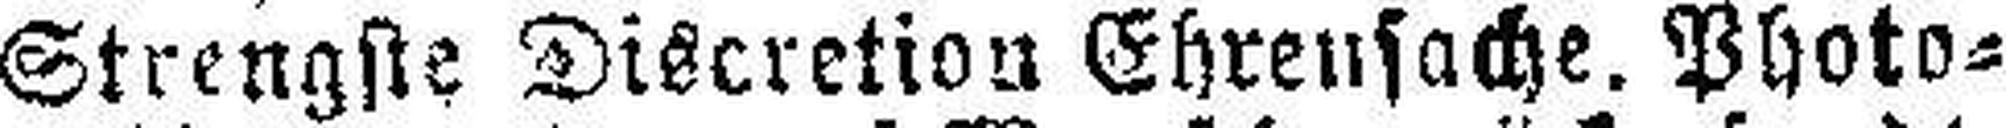
Strengste Discretion Ehrensache, Photo¬